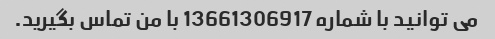
می توانید با شماره 13661306917 با من تماس بگیرید.